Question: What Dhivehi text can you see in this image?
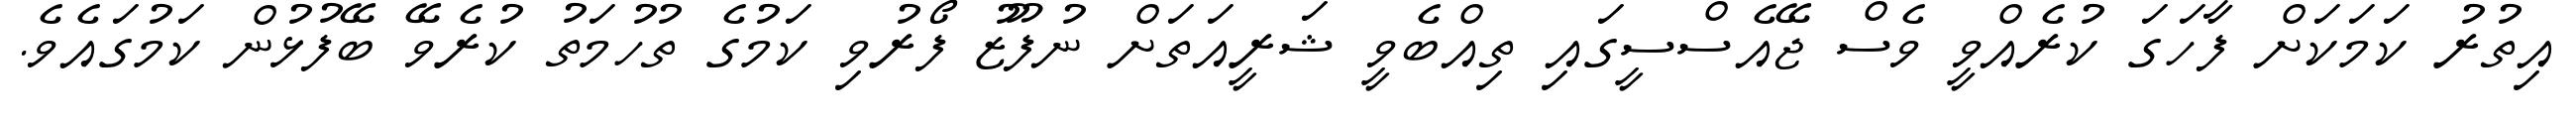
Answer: އިތުރު ކަމަކަށް ފާހަގަ ކުރެއްވީ ވެސް ޖޭއެސްސީގައި ތިއްބެވީ ޝަރީއަތަށް ނުފޫޒު ފޯރުވި ކަމުގެ ތުހުމަތު ކުރެވޭ ބޭފުޅުން ކަމުގައެވެ.